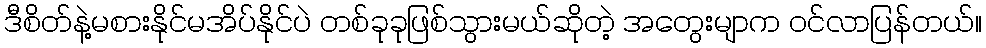
ဒီစိတ်နဲ့မစားနိုင်မအိပ်နိုင်ပဲ တစ်ခုခုဖြစ်သွားမယ်ဆိုတဲ့ အတွေးမျာက ဝင်လာပြန်တယ်။